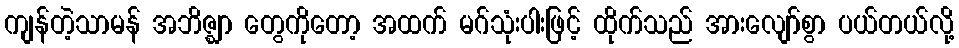
ကျန်တဲ့သာမန် အဘိဇ္ဈာ တွေကိုတော့ အထက် မဂ်သုံးပါးဖြင့် ထိုက်သည် အားလျော်စွာ ပယ်တယ်လို့